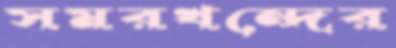
সমরখন্দের